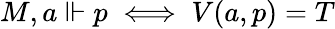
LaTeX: M,a\Vdash p\iff V(a,p)=T